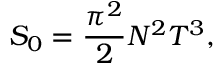
{ \cal S } _ { 0 } = \frac { \pi ^ { 2 } } { 2 } N ^ { 2 } T ^ { 3 } ,